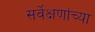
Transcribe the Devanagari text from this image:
सर्वेक्षणांच्या